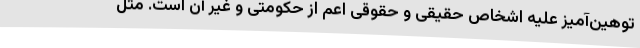
توهین‌آمیز علیه اشخاص حقیقی و حقوقی اعم از حکومتی و غیر آن است. مثل